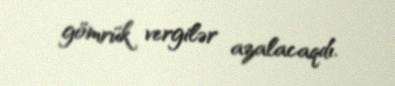
gömrük vergilər azalacaqdı.